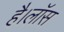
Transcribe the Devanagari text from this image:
है।लॉस